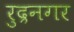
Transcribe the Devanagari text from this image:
रुद्रनगर